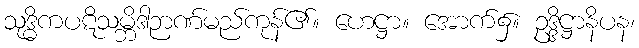
သုဒ္ဓိကပဋိသမ္ဘိဒါဉာဏ်မည်ကုန်၏။ ဟေဋ္ဌာ။ အောက်၌။ ဥဒ္ဒိဋ္ဌာနိပန၊